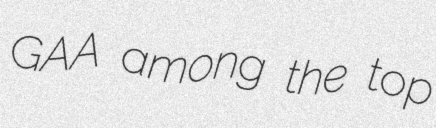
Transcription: GAA among the top